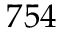
7 5 4